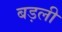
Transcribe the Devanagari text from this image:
बड़ली